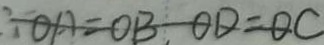
\because O A = O B , O D = O C